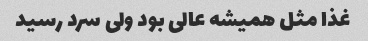
غذا مثل همیشه عالی بود ولی سرد رسید